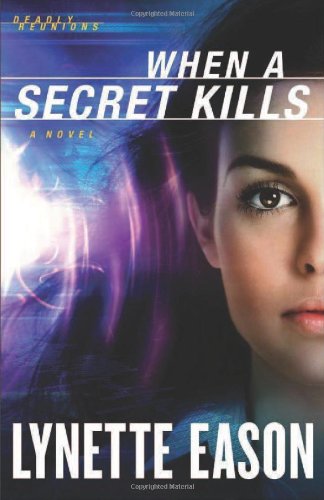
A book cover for When a Secret Kills: A Novel (Deadly Reunions); Lynette Eason; Romance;